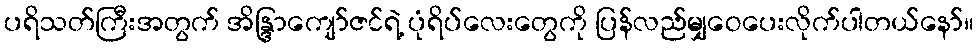
ပရိသတ်ကြီးအတွက် အိန္ဒြာကျော်ဇင်ရဲ့ ပုံရိပ်လေးတွေကို ပြန်လည်မျှဝေပေးလိုက်ပါတယ်နော်။